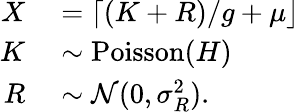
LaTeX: \begin{array}{rl}{X}&{{}=\lceil(K+R)/g+\mu\rfloor}\\ {K}&{{}\sim\operatorname{Poisson}(H)}\\ {R}&{{}\sim\mathcal N(0,\sigma_{R}^{2}).}\end{array}